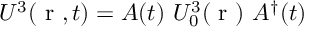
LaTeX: U ^ { 3 } ( \mathrm { \boldmath ~ r ~ } , t ) = A ( t ) ~ U _ { 0 } ^ { 3 } ( \mathrm { \boldmath ~ r ~ } ) ~ A ^ { \dag } ( t )